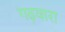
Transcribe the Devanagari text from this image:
गढ़वारा